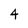
Character: 4